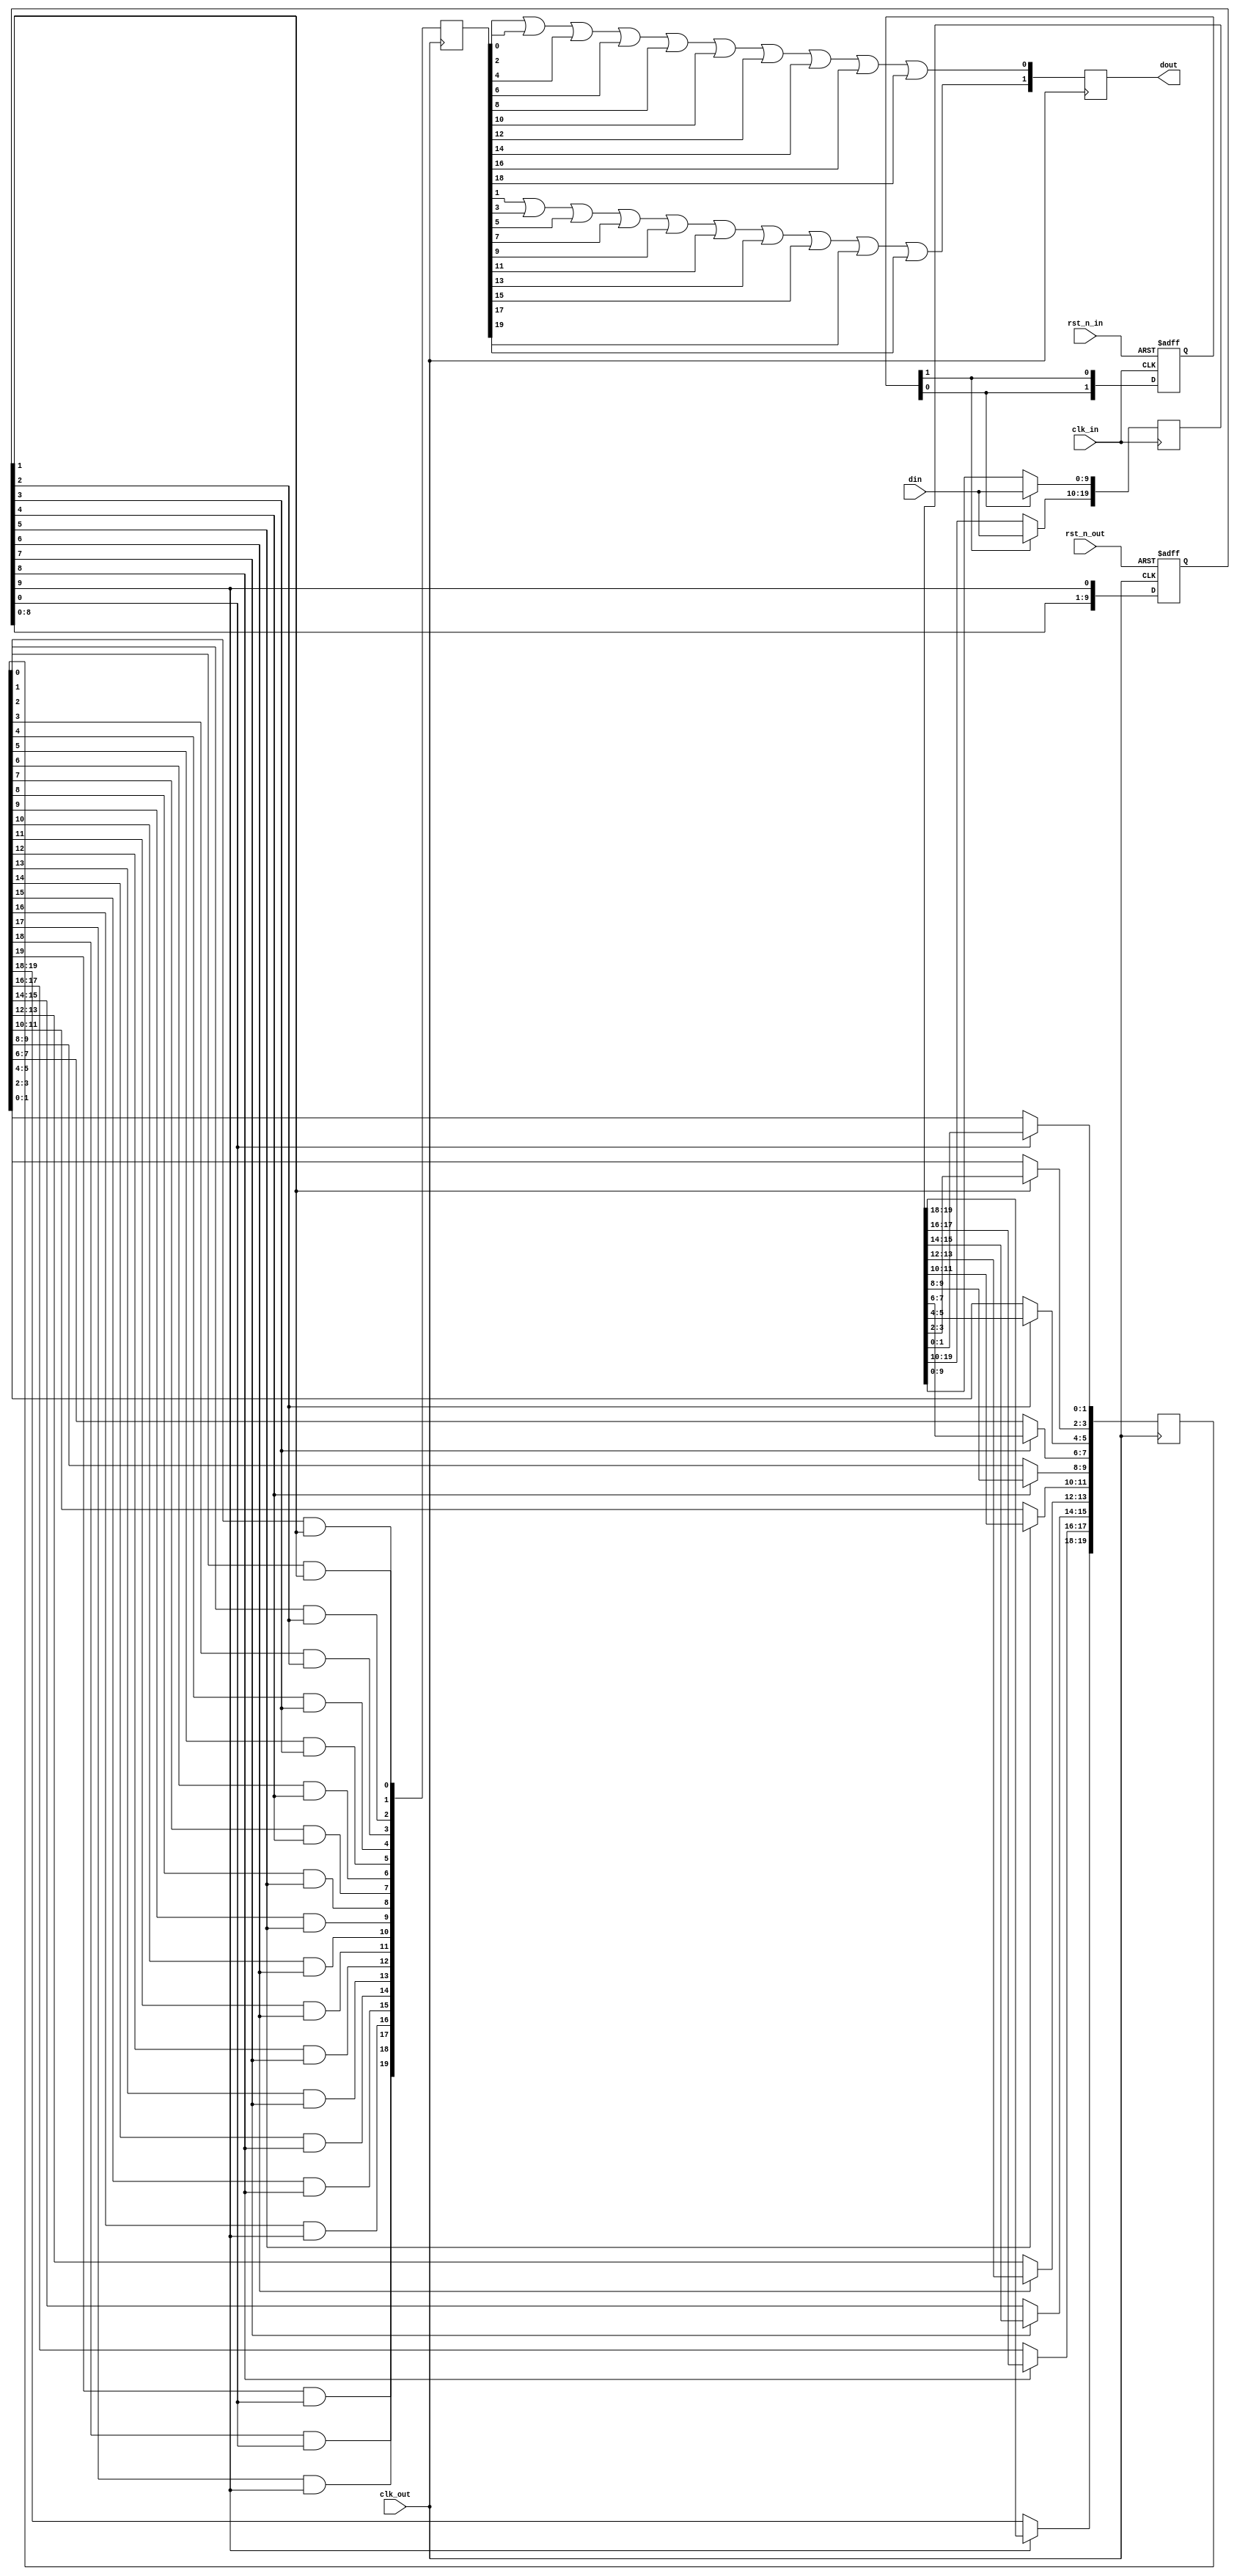
module smoldvi_fast_gearbox #(
	parameter W_IN = 10,
	parameter W_OUT = 2,
	// You should set this by hand, it may be hugely pessimistic *or* optimistic:
	parameter STORAGE_SIZE = W_IN * W_OUT
) (
	input  wire            clk_in,
	input  wire            rst_n_in,
	input  wire [W_IN-1:0] din,

	input  wire            clk_out,
	input  wire            rst_n_out,
	output reg [W_OUT-1:0] dout
);

localparam N_IN = STORAGE_SIZE / W_IN;
localparam N_OUT = STORAGE_SIZE / W_OUT;

(* keep = 1'b1 *) reg [STORAGE_SIZE-1:0] launch_reg;
(* keep = 1'b1 *) reg [STORAGE_SIZE-1:0] capture_reg;

// ----------------------------------------------------------------------------
// Apply transitions to sections of launch register, in a circular manner,
// across successive clk_in cycles

(* keep = 1'b1 *) reg [STORAGE_SIZE-1:0] launch_reg;
reg [N_IN-1:0] wmask;

always @ (posedge clk_in or negedge rst_n_in) begin
	if (!rst_n_in) begin
		wmask <= {{N_IN-1{1'b0}}, 1'b1};
	end else begin
		wmask <= {wmask[N_IN-2:0], wmask[N_IN-1]};
	end
end

always @ (posedge clk_in) begin: wport
	integer i;
	for (i = 0; i < N_IN; i = i + 1) begin
		if (wmask[i])
			launch_reg[i * W_IN +: W_IN] <= din;
	end
end

// ----------------------------------------------------------------------------
// Apply enables to sections of capture register, in a circular manner, across
// successive clk_out cycles (hopefully staying distant from the transitions!)

(* keep = 1'b1 *) reg [STORAGE_SIZE-1:0] capture_reg;
reg [N_OUT-1:0] rmask;

always @ (posedge clk_out or negedge rst_n_out) begin
	if (!rst_n_out) begin
		// Reads start as far as possible from writes
		rmask <= {{N_OUT-1{1'b0}}, 1'b1} << (N_OUT / 2);
	end else begin
		rmask <= {rmask[N_OUT-2:0], rmask[N_OUT-1]};
	end
end

always @ (posedge clk_out) begin: capture_proc
	integer i;
	for (i = 0; i < N_OUT; i = i + 1) begin
		if (rmask[i])
			capture_reg[i * W_OUT +: W_OUT] <= launch_reg[i * W_OUT +: W_OUT];
	end
end

// ----------------------------------------------------------------------------
// CDC done, now on to the muxing

wire [N_OUT-1:0] rmask_delayed = {rmask[0], rmask[N_OUT-1:1]};
reg [STORAGE_SIZE-1:0] captured_masked;

always @ (posedge clk_out) begin: output_mask
	integer i;
	for (i = 0; i < STORAGE_SIZE; i = i + 1) begin
		captured_masked[i] <= capture_reg[i] && rmask_delayed[i / W_OUT];
	end
end

// Do the OR reduction in one cycle. For 20 storage flops this is a 10:1
// reduction, which costs 2 LUT delays. Easiest way to reduce further is to add
// an empty pipe stage afterward and tell the tools to retime :) OR reductions
// are very retimable.

reg [W_OUT-1:0] muxed;

always @ (*) begin: output_mux
	integer i, j;
	for (i = 0; i < W_OUT; i = i + 1) begin
		muxed[i] = 1'b0;
		for (j = 0; j < N_OUT; j = j + 1) begin
			muxed[i] = muxed[i] || captured_masked[j * W_OUT + i];
		end
	end
end

always @ (posedge clk_out) begin
	dout <= muxed;
end

endmodule